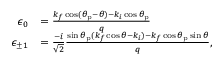
\begin{array} { r l } { \epsilon _ { 0 } } & { = \frac { k _ { f } \cos ( \theta _ { \mathrm { p } } - \theta ) - k _ { i } \cos \theta _ { \mathrm { p } } } { q } } \\ { \epsilon _ { \pm 1 } } & { = \frac { - i } { \sqrt { 2 } } \frac { \sin \theta _ { \mathrm { p } } ( k _ { f } \cos \theta - k _ { i } ) - k _ { f } \cos \theta _ { \mathrm { p } } \sin \theta } { q } , } \end{array}